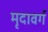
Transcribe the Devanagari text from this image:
मृदावर्ग